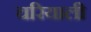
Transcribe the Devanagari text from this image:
चरियाली